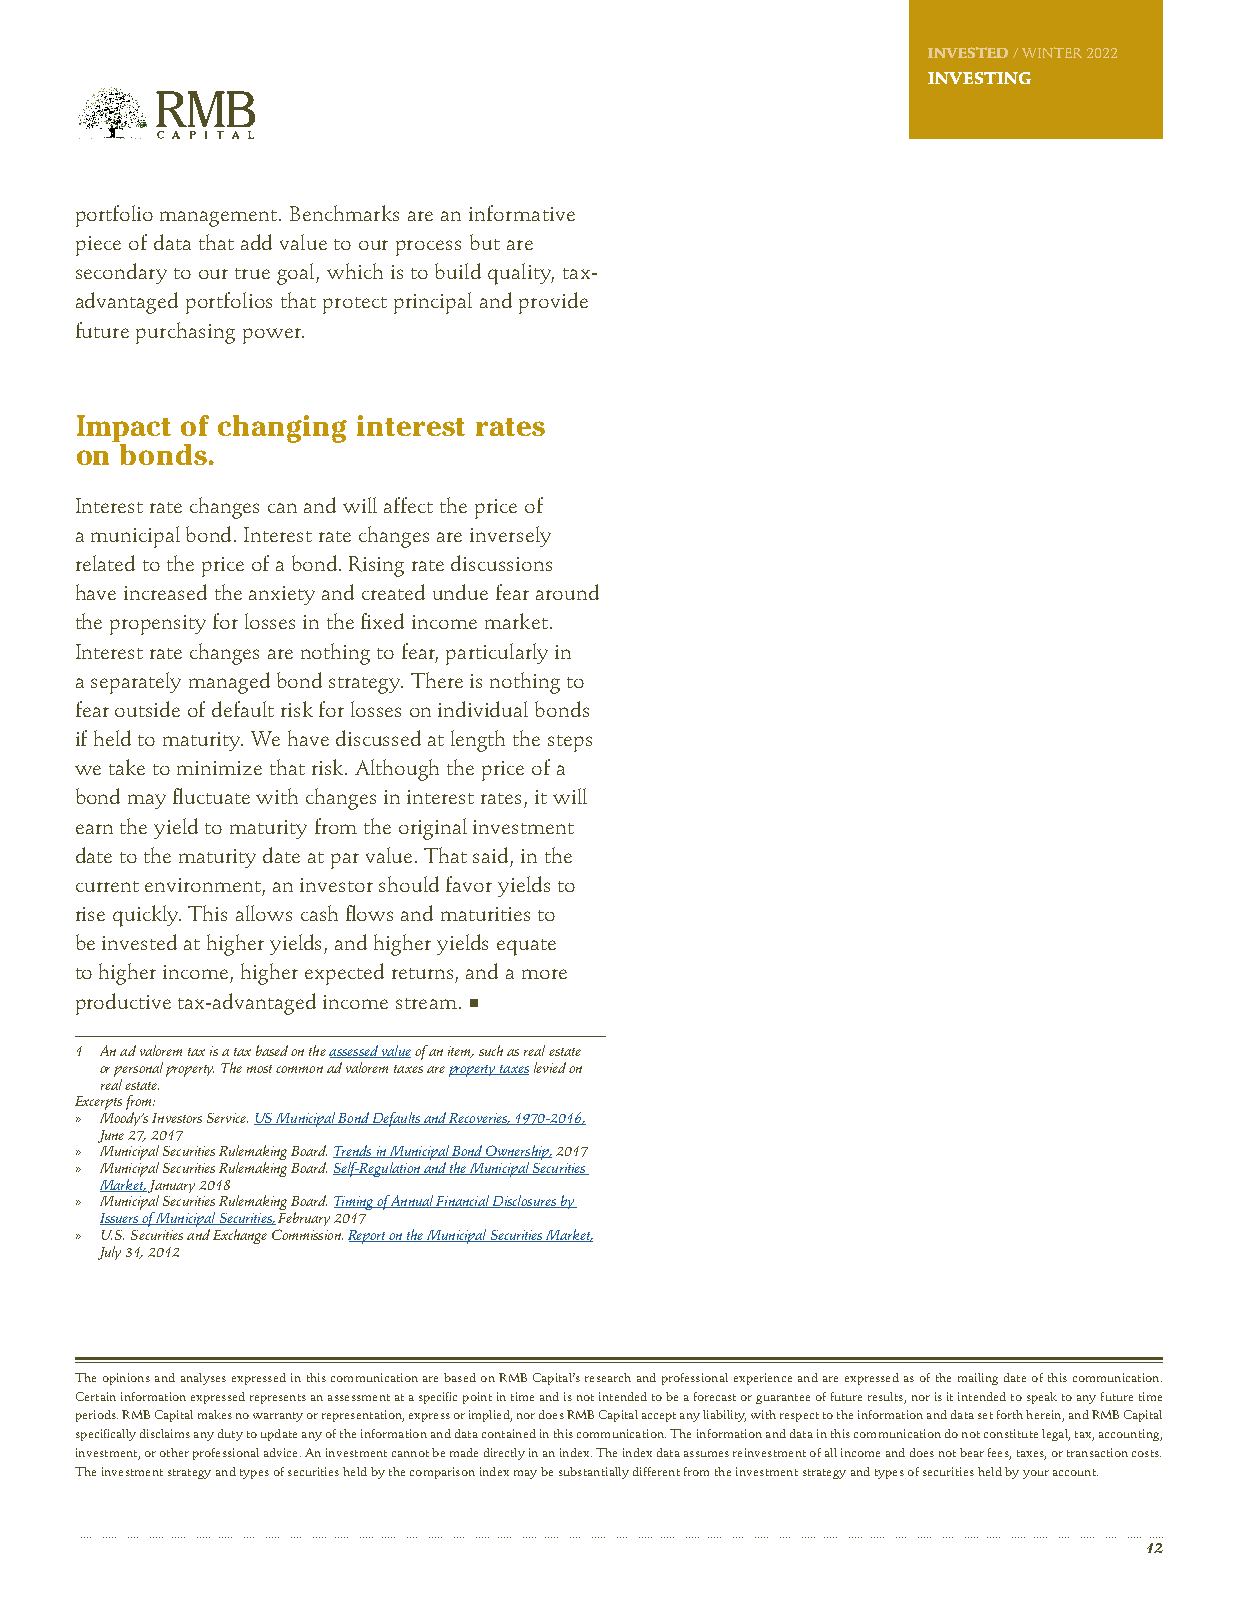
INVESTED / WINTER 2022
 INVESTING
 portfolio management. Benchmarks are an informative
 piece of data that add value to our process but are
 secondary to our true goal, which is to build quality, tax-
 advantaged portfolios that protect principal and provide
 future purchasing power.
 Impact of changing interest rates
 on bonds.
 Interest rate changes can and will affect the price of
 a municipal bond. Interest rate changes are inversely
 related to the price of a bond. Rising rate discussions
 have increased the anxiety and created undue fear around
 the propensity for losses in the fixed income market.
 Interest rate changes are nothing to fear, particularly in
 a separately managed bond strategy. There is nothing to
 fear outside of default risk for losses on individual bonds
 if held to maturity. We have discussed at length the steps
 we take to minimize that risk. Although the price of a
 bond may fluctuate with changes in interest rates, it will
 earn the yield to maturity from the original investment
 date to the maturity date at par value. That said, in the
 current environment, an investor should favor yields to
 rise quickly. This allows cash flows and maturities to
 be invested at higher yields, and higher yields equate
 to higher income, higher expected returns, and a more
 productive tax-advantaged income stream.
 1 An ad valorem tax is a tax based on the assessed value of an item, such as real estate
 or personal property. The most common ad valorem taxes are property taxes levied on
 real estate.
 Excerpts from:
 » Moody’s Investors Service. US Municipal Bond Defaults and Recoveries, 1970-2016,
 June 27, 2017
 » Municipal Securities Rulemaking Board. Trends in Municipal Bond Ownership, 2017
 » Municipal Securities Rulemaking Board. Self-Regulation and the Municipal Securities
 Market, January 2018
 » Municipal Securities Rulemaking Board. Timing of Annual Financial Disclosures by
 Issuers of Municipal Securities, February 2017
 » U.S. Securities and Exchange Commission. Report on the Municipal Securities Market,
 July 31, 2012
 The opinions and analyses expressed in this communication are based on RMB Capital’s research and professional experience and are expressed as of the mailing date of this communication.
 Certain information expressed represents an assessment at a specific point in time and is not intended to be a forecast or guarantee of future results, nor is it intended to speak to any future time
 periods. RMB Capital makes no warranty or representation, express or implied, nor does RMB Capital accept any liability, with respect to the information and data set forth herein, and RMB Capital
 specifically disclaims any duty to update any of the information and data contained in this communication. The information and data in this communication do not constitute legal, tax, accounting,
 investment, or other professional advice. An investment cannot be made directly in an index. The index data assumes reinvestment of all income and does not bear fees, taxes, or transaction costs.
 The investment strategy and types of securities held by the comparison index may be substantially different from the investment strategy and types of securities held by your account.
 12